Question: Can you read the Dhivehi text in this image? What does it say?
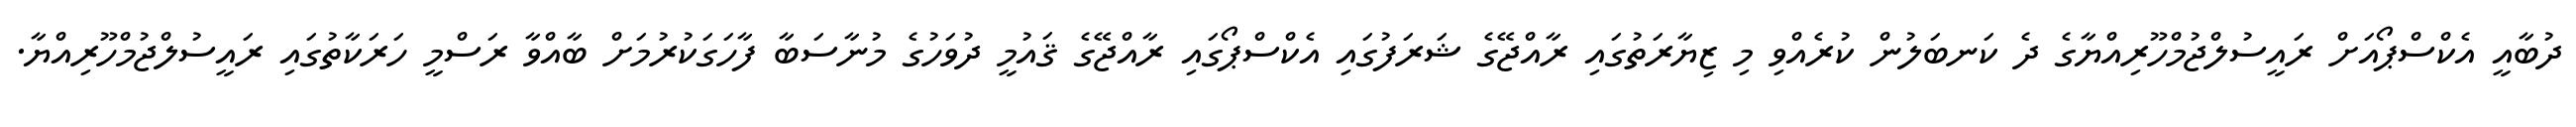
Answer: ދުބާއީ އެކްސްޕޯއަށް ރައީސުލްޖުމްހޫރިއްޔާގެ ދެ ކަނބަލުން ކުރެއްވި މި ޒިޔާރަތުގައި ރާއްޖޭގެ ޝަރަފުގައި އެކްސްޕޯގައި ރާއްޖޭގެ ޤައުމީ ދުވަހުގެ މުނާސަބާ ފާހަގަކުރުމަށް ބާއްވާ ރަސްމީ ހަރަކާތުގައި ރައީސުލްޖުމްހޫރިއްޔާ.